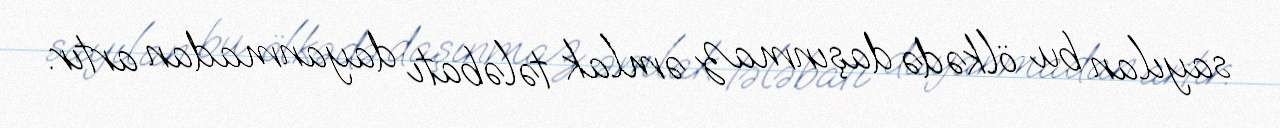
sayılan bu ölkədə daşınmaz əmlak tələbatı dayanmadan artır.